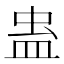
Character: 蛊